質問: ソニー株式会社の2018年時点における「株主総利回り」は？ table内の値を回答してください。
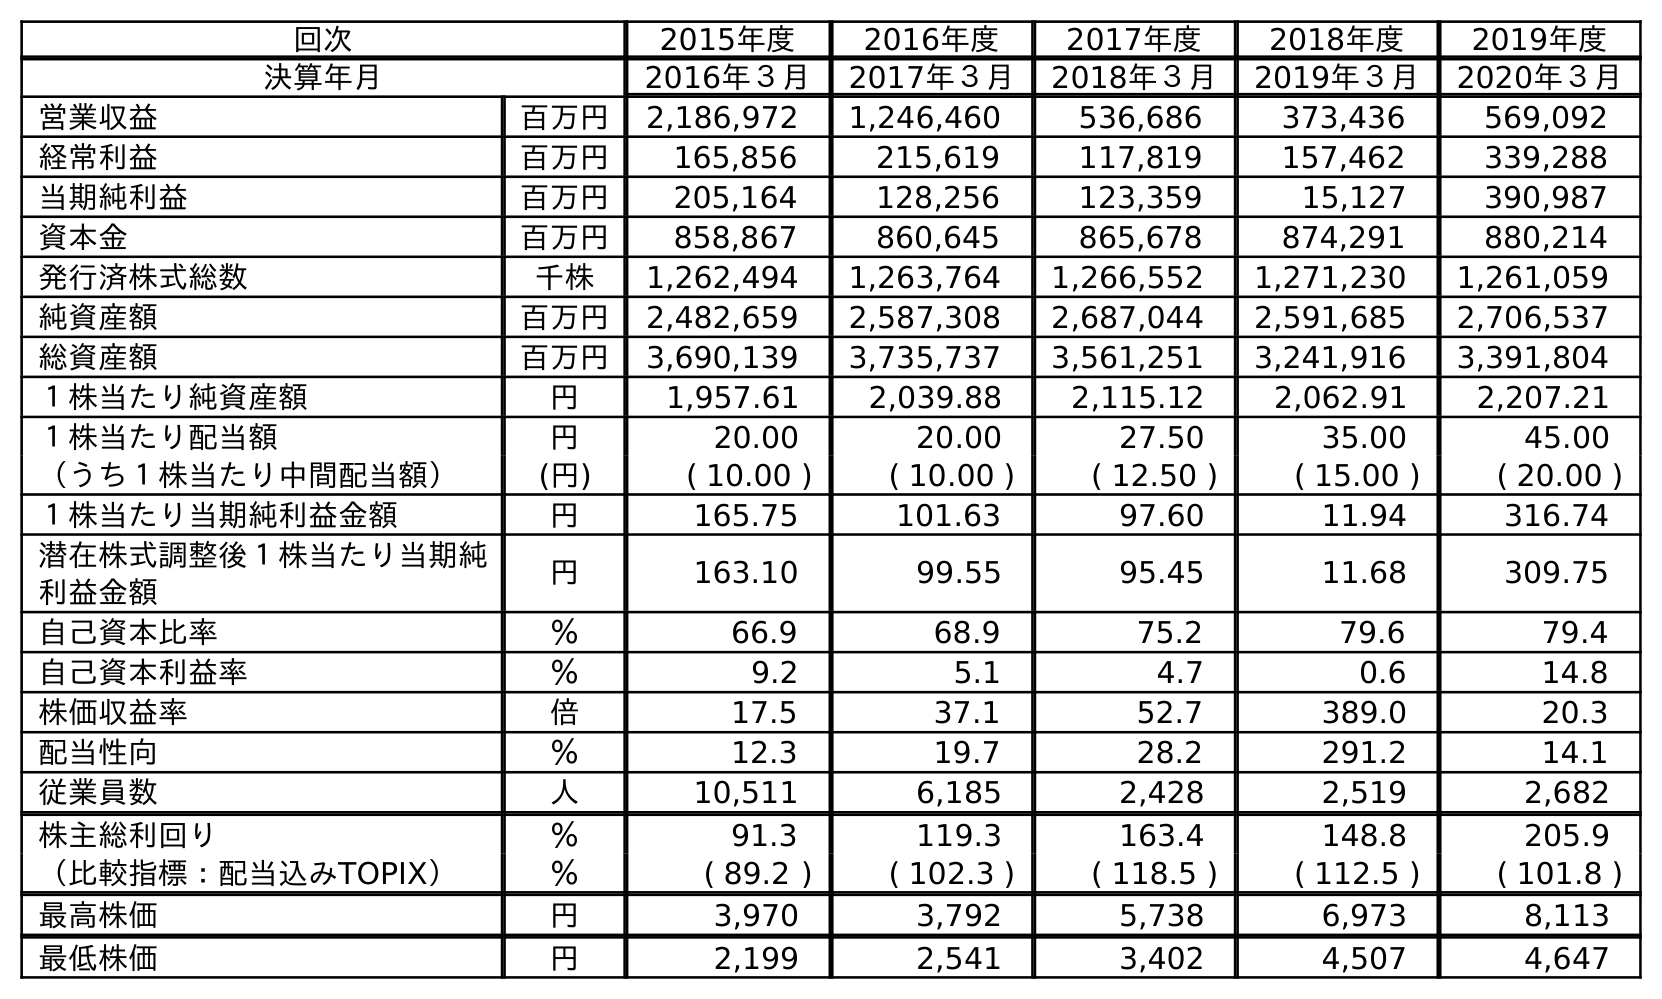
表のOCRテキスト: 回次 2015年度 2016年度 2017年度 2018年度 2019年度 決算年月 2016年３月 2017年３月 2018年３月 2019年３月 2020年３月 営業収益 百万円 2,186,972 1,246,460 536,686 373,436 569,092 経常利益 百万円 165,856 215,619 117,819 157,462 339,288 当期純利益 百万円 205,164 128,256 123,359 15,127 390,987 資本金 百万円 858,867 860,645 865,678 874,291 880,214 発行済株式総数 千株 1,262,494 1,263,764 1,266,552 1,271,230 1,261,059 純資産額 百万円 2,482,659 2,587,308 2,687,044 2,591,685 2,706,537 総資産額 百万円 3,690,139 3,735,737 3,561,251 3,241,916 3,391,804 １株当たり純資産額 円 1,957.61 2,039.88 2,115.12 2,062.91 2,207.21 １株当たり配当額 円 20.00 20.00 27.50 35.00 45.00 （うち１株当たり中間配当額） (円) ( 10.00 ) ( 10.00 ) ( 12.50 ) ( 15.00 ) ( 20.00 ) １株当たり当期純利益金額 円 165.75 101.63 97.60 11.94 316.74 潜在株式調整後１株当たり当期純 利益金額 円 163.10 99.55 95.45 11.68 309.75 自己資本比率 ％ 66.9 68.9 75.2 79.6 79.4 自己資本利益率 ％ 9.2 5.1 4.7 0.6 14.8 株価収益率 倍 17.5 37.1 52.7 389.0 20.3 配当性向 ％ 12.3 19.7 28.2 291.2 14.1 従業員数 人 10,511 6,185 2,428 2,519 2,682 株主総利回り ％ 91.3 119.3 163.4 148.8 205.9 （比較指標：配当込みTOPIX） ％ ( 89.2 ) ( 102.3 ) ( 118.5 ) ( 112.5 ) ( 101.8 ) 最高株価 円 3,970 3,792 5,738 6,973 8,113 最低株価 円 2,199 2,541 3,402 4,507 4,647
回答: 163.4